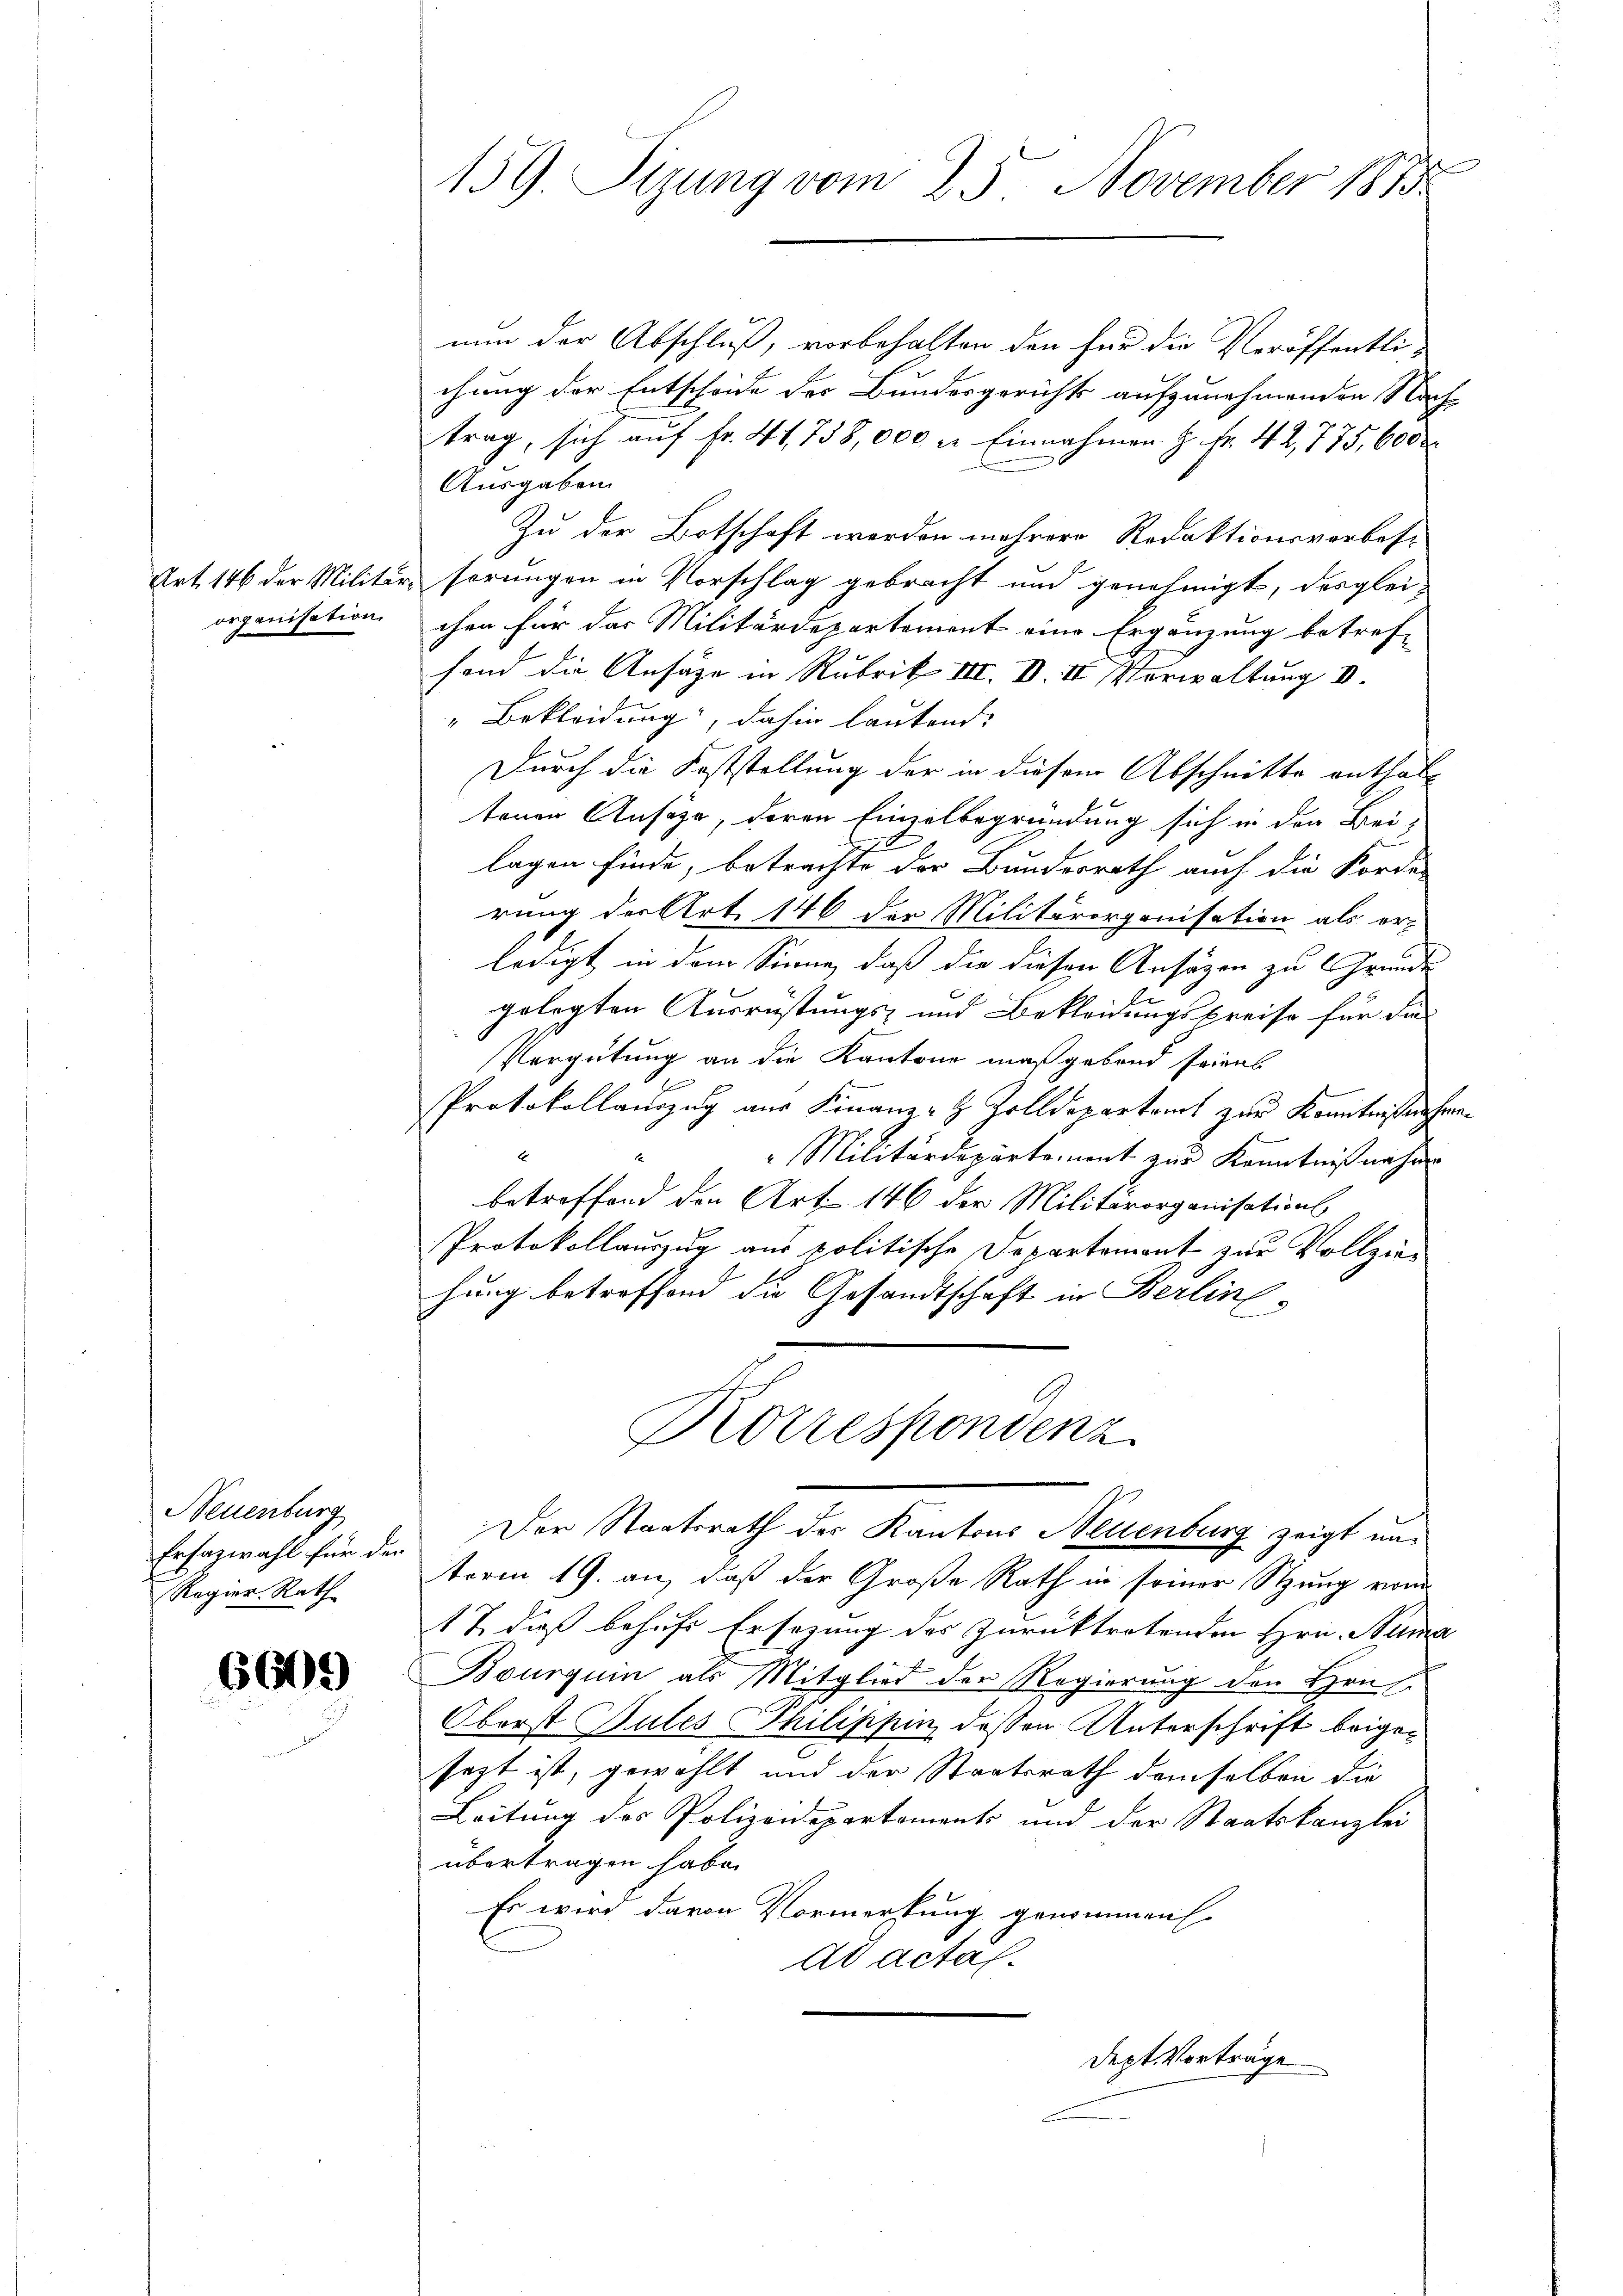
organisation.

Neuenburg
Ersazwahl für den
Regier. Rath

6609

159. Sizung vom 25. November 187

nun der Abschluß, vorbehalten den für die Veröffentli-
chung der Entscheide des Bundesgerichts aufzunehmenden Nachtrag, sich auf Fr. 41,738,000 l. Einnahmen H. Fr. 42, 775, 6000
Ausgaben.
Zu der Botschaft werden mehrere Redaktionsvorbes-
Art. 146 der Militär, serungen in Vorschlag gebracht und genehmigt, desgleichen für das Militärdepartement eine Ergänzung betref-
fand die Ansätze in Rubrik III. VII Vorwaltung d.
" Bekleidung, dahin lautend:
Durch die Feststellung der in diesem Abschnitte enthalt
tenen Ansäze, deren Einzelbegründung sich in den Bei-
lagen finde, betrachte der Bundesrath auch die Forde-
rung der Art. 146 der Militärorganisation als er-
ledigt in dem Sinne, daß die diesen Ansäzen zu Grunde
gelegten Ausrüstungs- und Bekleidungspreise für die
Vergütung an die Kantone maßgebond seines
Protokollauszug aus Finanz-H. Zolldepartamt zur Kenntnissenhein¬
 Militärdepartement zur Kenntniß nahm
betreffend den Art. 146 der Militärorganisations
Protokollauszug aus politische Departement zur Vollzie
hung betreffend die Gesandtschaft in Berline-
Korrespondenz
Der Staatsrath des Kantons Neuenburg zeigt un¬
Aerm 19. an, daß der Große Rath in seiner Sitzung von
17 dieß behufs Ersezung des zurücktretenden Hrn. Num
Bourquin als Mitglied der Regierung den Hrn.
Oberst Bules Philippin dessen Unterschrift beigesezt ist, gewählt und der Staatsrath demselben die
Leitung des Polizeidepartements und der Staatskanzlei
übertragen habe.
Es wird davon Vormerkung genommen.
Ad Actas.

Dept Vorträge